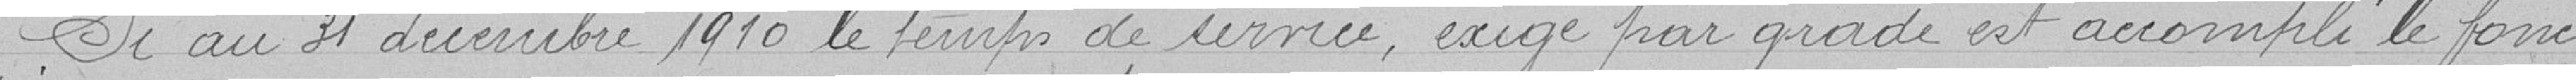
Si au 31 décembre 1910 le temps de service, exigé par grade et accompli le fonc-